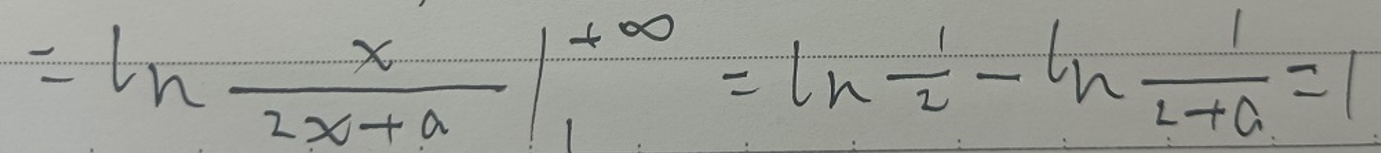
\[
= \ln\frac{x}{2x + a}\Bigg|_{1}^{+\infty} = \ln\frac{1}{2} - \ln\frac{1}{2 + a}=1
\]